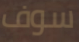
سوف